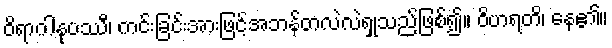
ဝိရာဂါနုပဿီ၊ ကင်းခြင်းအားဖြင့်အဘန်တလဲလဲရှုသည်ဖြစ်၍။ ဝိဟရတိ၊ နေ၏။